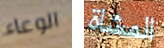
الوعاء المشاة